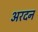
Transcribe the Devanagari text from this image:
अरदन